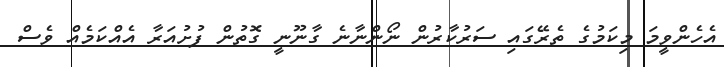
އެހެންވީމަ މިކަމުގެ ތެރޭގައި ސަރުކާރުން ނޯންނާނެ ގާނޫނީ ގޮތުން ފުށުއަރާ އެއްކަމެއް ވެސް